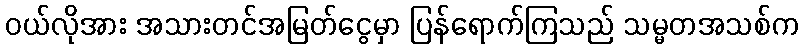
၀ယ်လိုအား အသားတင်အမြတ်ငွေမှာ ပြန်ရောက်ကြသည် သမ္မတအသစ်က